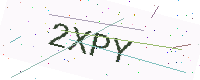
Text: 2XPY